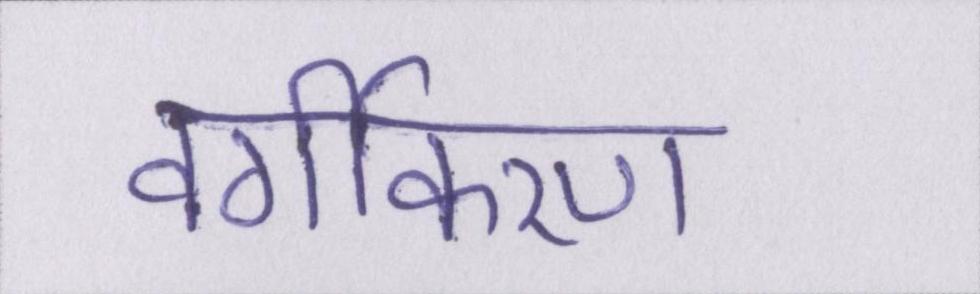
वर्गीकरण